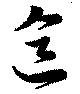
色